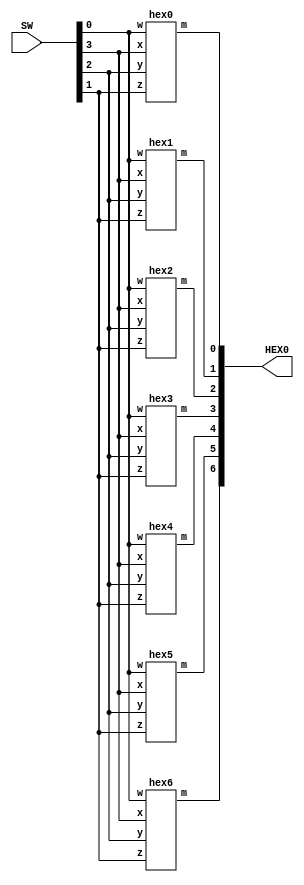
//SW[3:0] input, SW[3] SW[2] SW[1] SW[0] for the four places of hex digit xyzw
//HEX0[6:0] output display

module hexdecoder(HEX0, SW);
    input [3:0] SW;
    output [6:0] HEX0;

    hex0 u0(
        .x(SW[3]),
        .y(SW[2]),
        .z(SW[1]),
        .w(SW[0]),
        .m(HEX0[0]));
	
    hex1 u1(
        .x(SW[3]),
        .y(SW[2]),
        .z(SW[1]),
        .w(SW[0]),
        .m(HEX0[1]));
	  
    hex2 u2(
        .x(SW[3]),
        .y(SW[2]),
        .z(SW[1]),
        .w(SW[0]),
        .m(HEX0[2]));

    hex3 u3(
        .x(SW[3]),
        .y(SW[2]),
        .z(SW[1]),
        .w(SW[0]),
        .m(HEX0[3]));

    hex4 u4(
        .x(SW[3]),
        .y(SW[2]),
        .z(SW[1]),
        .w(SW[0]),
        .m(HEX0[4]));

    hex5 u5(
        .x(SW[3]),
        .y(SW[2]),
        .z(SW[1]),
        .w(SW[0]),
        .m(HEX0[5]));

    hex6 u6(
        .x(SW[3]),
        .y(SW[2]),
        .z(SW[1]),
        .w(SW[0]),
        .m(HEX0[6]));
				
endmodule

module hex0(x, y, z, w, m);
    input x;
    input y;
    input z;
    input w;
    output m;
  
    assign m = (~x & ~y & ~z & w) | (~x & y & ~z & ~w) | (x & y & ~z & w) | (x & ~y & z & w);

endmodule

module hex1(x, y, z, w, m);
    input x;
    input y;
    input z;
    input w;
    output m;
  
    assign m = (~x & y & ~z & w) | (x & z & w) | (y & z & ~w) | (x & y & ~w);

endmodule

module hex2(x, y, z, w, m);
    input x;
    input y;
    input z;
    input w;
    output m;
  
    assign m = (x & y & ~w) | (x & y & z) | (~x & ~y & z & ~w);

endmodule

module hex3(x, y, z, w, m);
    input x;
    input y;
    input z;
    input w;
    output m;
  
    assign m = (~x & y & ~z & ~w) | (~x & ~y & ~z & w) | (y & z & w) | (x & ~y & z & ~w);

endmodule

module hex4(x, y, z, w, m);
    input x;
    input y;
    input z;
    input w;
    output m;
  
    assign m = (~x & w) | (~y & ~z & w) | (~x & y & ~z);

endmodule

module hex5(x, y, z, w, m);
    input x;
    input y;
    input z;
    input w;
    output m;
  
    assign m = (~x & ~y & w) | (~x & ~y & z) | (~x & z & w) |(x & y & ~z & w);

endmodule

module hex6(x, y, z, w, m);
    input x;
    input y;
    input z;
    input w;
    output m;
  
    assign m = (~x & ~y & ~z) | (~x & y & z & w) | (x & y & ~z & ~w);


endmodule